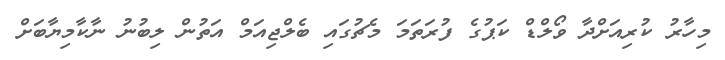
މިހާރު ކުރިއަށްދާ ވޯލްޑް ކަޕުގެ ފުރަތަމަ މެޗުގައި ބެލްޖިއަމް އަތުން ލިބުނު ނާކާމިޔާބަށް